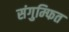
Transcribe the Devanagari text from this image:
संगुम्फित